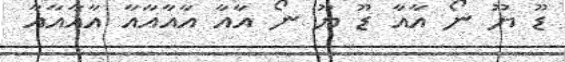
ޑޫ ޔޫ ނޯ އާއާ ޑޫ ޔޫ ނޯ އާއާ އާއާއާއާ އާއާއާއާ